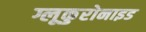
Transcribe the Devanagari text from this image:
ग्लूकुरोनाइड